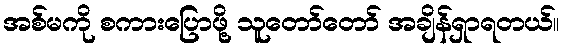
အစ်မကို စကားပြောဖို့ သူတော်တော် အချိန်ရှာရတယ်။